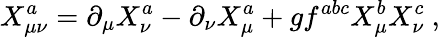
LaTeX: X_{\mu\nu}^{a}=\partial_{\mu}X_{\nu}^{a}-\partial_{\nu}X_{\mu}^{a}+gf^{abc}X_{\mu}^{b}X_{\nu}^{c}~,